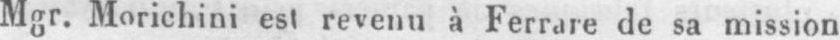
Mgr. Morichini est revenu à Ferrare de sa mission